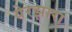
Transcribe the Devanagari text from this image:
येरझारा